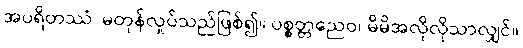
အပရိတဿံ၊ မတုန်လှုပ်သည်ဖြစ်၍။ ပစ္စတ္တညေဝ၊ မိမိအလိုလိုသာလျှင်။